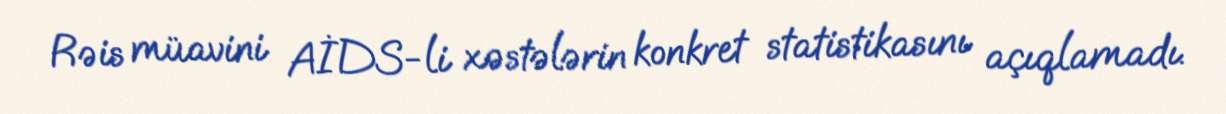
Rəis müavini AİDS-li xəstələrin konkret statistikasını açıqlamadı.